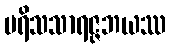
ပရိသသာရဇ္ဇဘယဿ